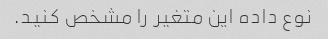
نوع داده این متغیر را مشخص کنید.